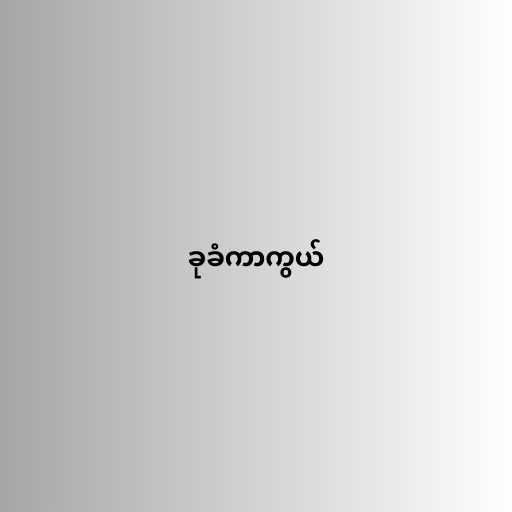
ခုခံကာကွယ်